Civil Veterinary Dept. Assam report 1927-50 - 1927-1950
Year: 1927
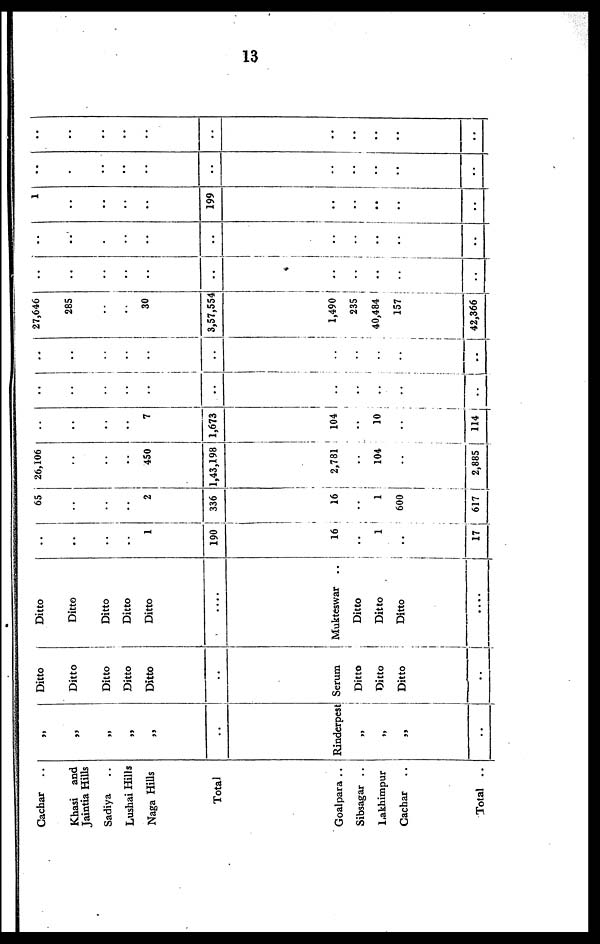
13
Cachar ..
Khasi and
Jaintia Hills
Sadiya ..
Lushai Hills
Naga Hills
Total
Goalpara ..
Sibsagar ..
Lakhimpur
Cachar ..
Total ..
„
„
„
„
„
..
Rinderpest
„
„
„
..
Ditto
Ditto
Ditto
Ditto
Ditto
..
Serum
Ditto
Ditto
Ditto
..
Ditto
Ditto
Ditto
Ditto
Ditto
....
Mukteswar ..
Ditto
Ditto
Ditto
..
..
..
..
..
1
190
16
..
1
..
17
65
..
..
..
2
336
16
..
1
600
617
26,106
..
..
..
450
1,43,198
2,781
..
104
..
2,885
..
..
..
..
7
1,673
104
..
10
..
114
..
..
..
..
..
..
..
..
..
..
..
..
..
..
..
..
..
..
..
..
..
..
27,646
285
..
..
30
3,57,554
1,490
235
40,484
157
42,366
..
..
..
..
..
..
..
..
..
..
..
..
..
.
..
..
..
..
..
..
..
..
1
..
..
..
..
199
..
..
..
..
..
..
.
..
..
..
..
..
..
..
..
..
..
..
..
..
..
..
..
..
..
..
..